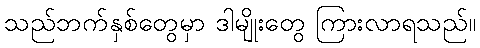
သည်ဘက်နှစ်တွေမှာ ဒါမျိုးတွေ ကြားလာရသည်။